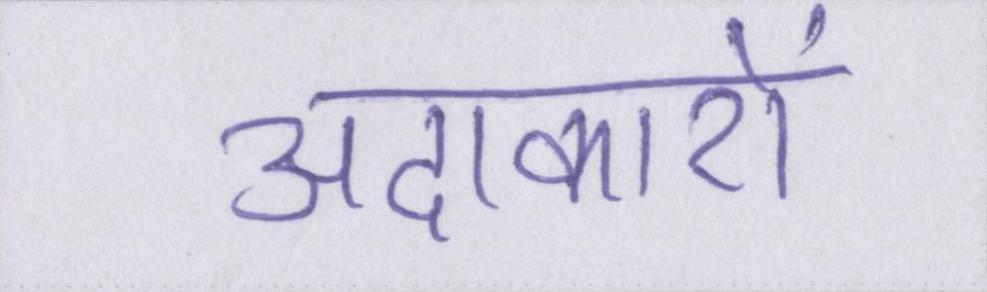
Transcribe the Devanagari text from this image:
अदाकारों